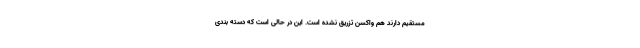
مستقیم دارند هم واکسن تزریق نشده است. این در حالی است که دسته بندی